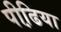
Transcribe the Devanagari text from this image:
पीढि़या